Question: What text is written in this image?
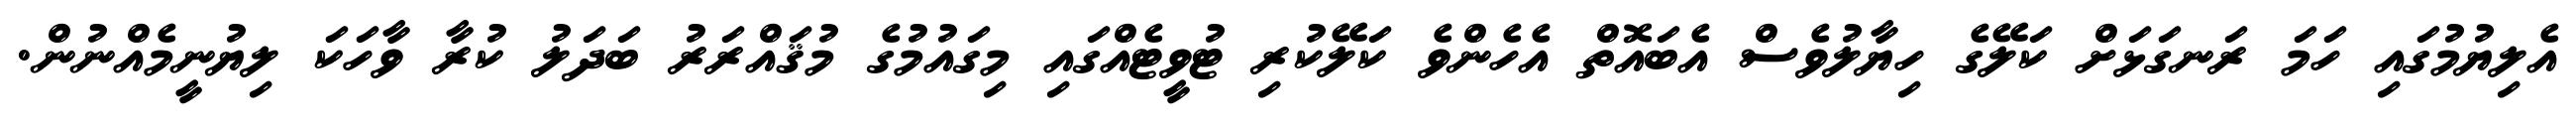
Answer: އެލިޔުމުގައި ހަމަ ރަނގަޅަށް ކަލޭގެ ހިޔާލުވެސް އެބައޮތް އެހެންވެ ކަލޭކުރި ޓުވީޓެއްގައި މިގައުމުގެ މުޤައްރަރު ބަދަލު ކުރާ ވާހަކަ ލިޔުނީމެއްނުން.